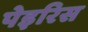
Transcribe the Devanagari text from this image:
पेइरिस